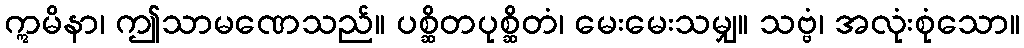
ဣမိနာ၊ ဤသာမဏေသည်။ ပစ္ဆိတပုစ္ဆိတံ၊ မေးမေးသမျှ။ သဗ္ဗံ၊ အလုံးစုံသော။